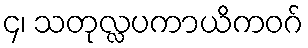
၄၊ သတုလ္လပကာယိကဝဂ်